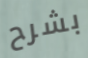
بشرح